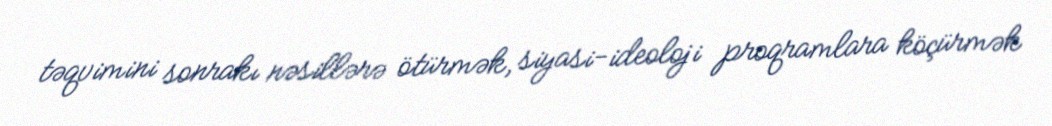
təqvimini sonrakı nəsillərə ötürmək, siyasi-ideoloji proqramlara köçürmək